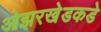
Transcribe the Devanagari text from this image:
ओझरखेडकडे